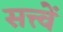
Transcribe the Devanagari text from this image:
सत्त्वें